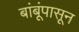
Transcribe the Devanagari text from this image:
बांबूंपासून